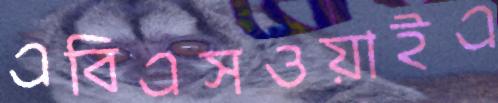
এবিএসওয়াইএ